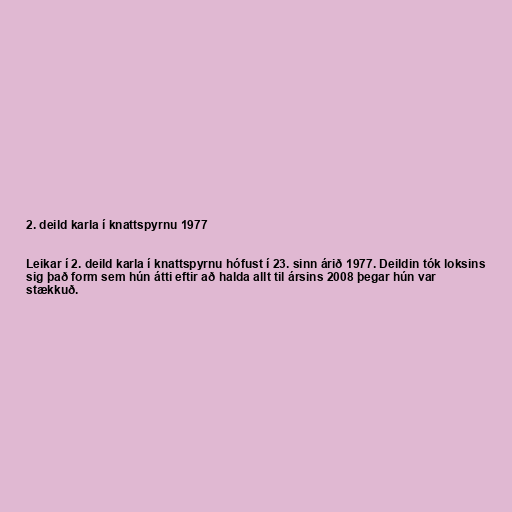
2. deild karla í knattspyrnu 1977

Leikar í 2. deild karla í knattspyrnu hófust í 23. sinn árið 1977. Deildin tók loksins
sig það form sem hún átti eftir að halda allt til ársins 2008 þegar hún var
stækkuð.